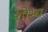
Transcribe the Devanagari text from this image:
शोभ्य